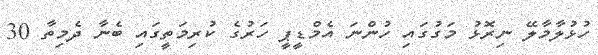
ހުޅުލާމާލޭ ނިރޮޅު މަގުގައި ހުންނަ އެމްޑީޕީ ހަރުގެ ކުރިމަތީގައި ބެނާ ދެމިތާ 30